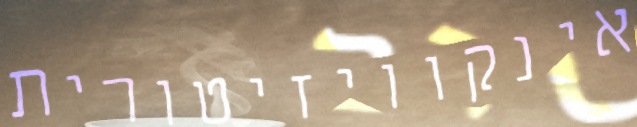
אינקוויזיטורית